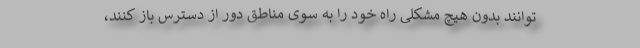
توانند بدون هیچ مشکلی راه خود را به سوی مناطق دور از دسترس باز کنند،